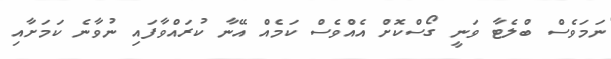
ނަމަވެސް ބްލެޓާ ވަނީ ގޯސްކޮށް އެއްވެސް ކަމެއް އޭނާ ކުރައްވާފައި ނުވާނެ ކަމަށާއި